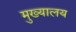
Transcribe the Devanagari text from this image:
मुख्यालय